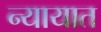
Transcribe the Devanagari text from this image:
न्यायात